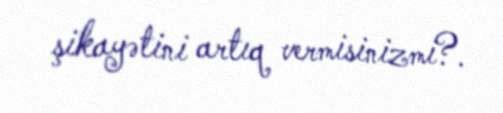
şikayətini artıq vermisinizmi?.